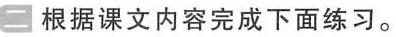
根据课文内容完成下面练习。